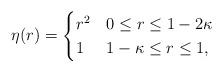
LaTeX: \begin{align*} \eta (r) = \begin{cases} r^2 & 0 \leq r \leq 1- 2\kappa \\ 1 & 1 -\kappa \leq r \leq 1,\end{cases}\end{align*}